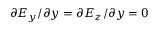
\partial E _ { y } / \partial y = \partial E _ { z } / \partial y = 0